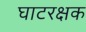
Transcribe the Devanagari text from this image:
घाटरक्षक